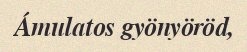
Ámulatos gyönyöröd,